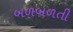
બળબળતી